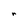
Character: r